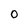
Character: 0